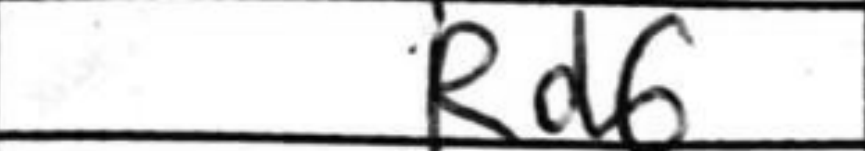
Transcription: Rg6